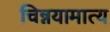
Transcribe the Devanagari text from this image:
चिन्नयामात्य